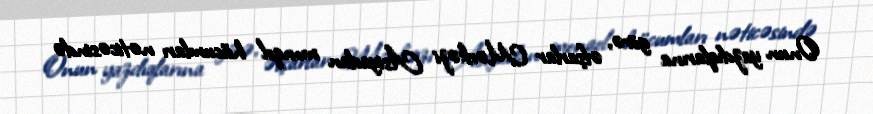
Onun yazdıqlarına görə, əfşarlar Mərkəzi Asiyadan monqol hücumları nəticəsində